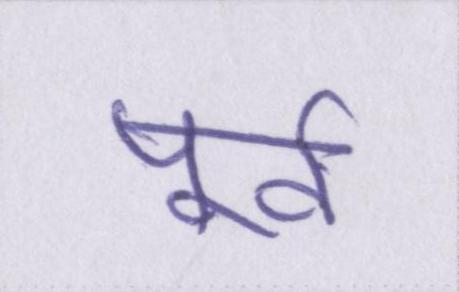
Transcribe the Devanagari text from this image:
पूर्व